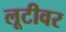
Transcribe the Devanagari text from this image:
लूटीवर